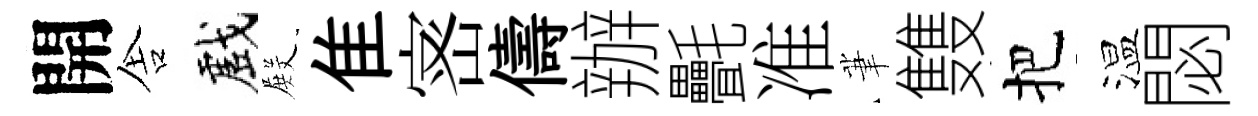
開舎戲𭮺隹宻儔辦㲲准茟䨇把温閟